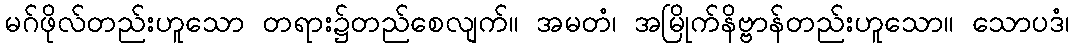
မဂ်ဖိုလ်တည်းဟူသော တရား၌တည်စေလျက်။ အမတံ၊ အမြိုက်နိဗ္ဗာန်တည်းဟူသော။ သောပဒံ၊